Plague in India, 1896, 1897 - Volume 2
Year: 1896
Disease focus: Plague
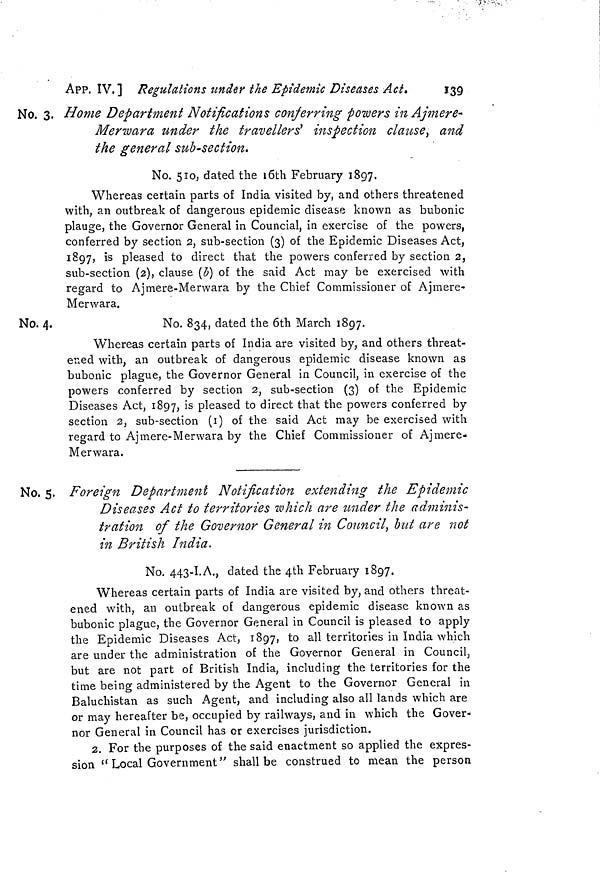
APP. IV.] Regulations under the Epidemic Diseases Act.
139
No. 3. Home Department Notifications conferring powers in Ajmere-
Mertvara under the travellers' inspection clause, and
the general sub-section.
No. 510, dated the i6th February 1897.
Whereas certain parts of India visited by, and others threatened
with, an outbreak of dangerous epidemic disease known as bubonic
plauge, the Governor General in Councial, in exercise of the powers,
conferred by section 2, sub-section (3) of the Epidemic Diseases Act,
1897, is pleased to direct that the powers conferred by section 2,
sub-section (2), clause (b) of the said Act may be exercised with
regard to Ajmere-Merwara by the Chief Commissioner of Ajmere-
Merwara.
No. 4.
No. 834, dated the 6th March 1897.
Whereas certain parts of India are visited by, and others threat-
ened with, an outbreak of dangerous epidemic disease known as
bubonic plague, the Governor General in Council, in exercise of the
powers conferred by section 2, sub-section (3) of the Epidemic
Diseases Act, 1897, is pleased to direct that the powers conferred by
section 2, sub-section (1) of the said Act may be exercised with
regard to Ajmere-Merwara by the Chief Commissioner of Ajmere-
Merwara.
No. 5. Foreign Department Notification extending the Epidemic
Diseases Act to territories which are under the adminis-
tration of the Governor General in Council, but are not
in British India.
No. 443-I.A., dated the 4th February 1897.
Whereas certain parts of India are visited by, and others threat-
ened with, an outbreak of dangerous epidemic disease known as
bubonic plague, the Governor General in Council is pleased to apply
the Epidemic Diseases Act, 1897, to all territories in India which
are under the administration of the Governor General in Council,,
but are not part of British India, including the territories for the
time being administered by the Agent to the Governor General in
Baluchistan as such Agent, and including also all lands which are
or may hereafter be, occupied by railways, and in which the Gover-
nor General in Council has or exercises jurisdiction.
2. For the purposes of the said enactment so applied the expres-
sion "Local Government" shall be construed to mean the person